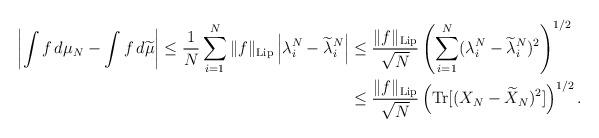
LaTeX: \begin{align*}\left|\int f \, d\mu_N-\int f \, d\widetilde\mu\right|\leq \frac{1}{N}\sum_{i=1}^N \|f\|_{\mathrm{Lip}}\left|\lambda^N_i-\widetilde{\lambda}^N_i\right|&\leq \frac{\|f\|_{\mathrm{Lip}}}{\sqrt{N}}\left(\sum_{i=1}^N (\lambda^N_i-\widetilde{\lambda}^N_i)^2\right)^{1/2}\\&\leq \frac{\|f\|_{\mathrm{Lip}}}{\sqrt{N}}\left(\mathrm{Tr}[(X_N-\widetilde{X}_N)^2]\right)^{1/2}.\end{align*}